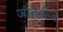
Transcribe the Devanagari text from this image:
जोहैनीज